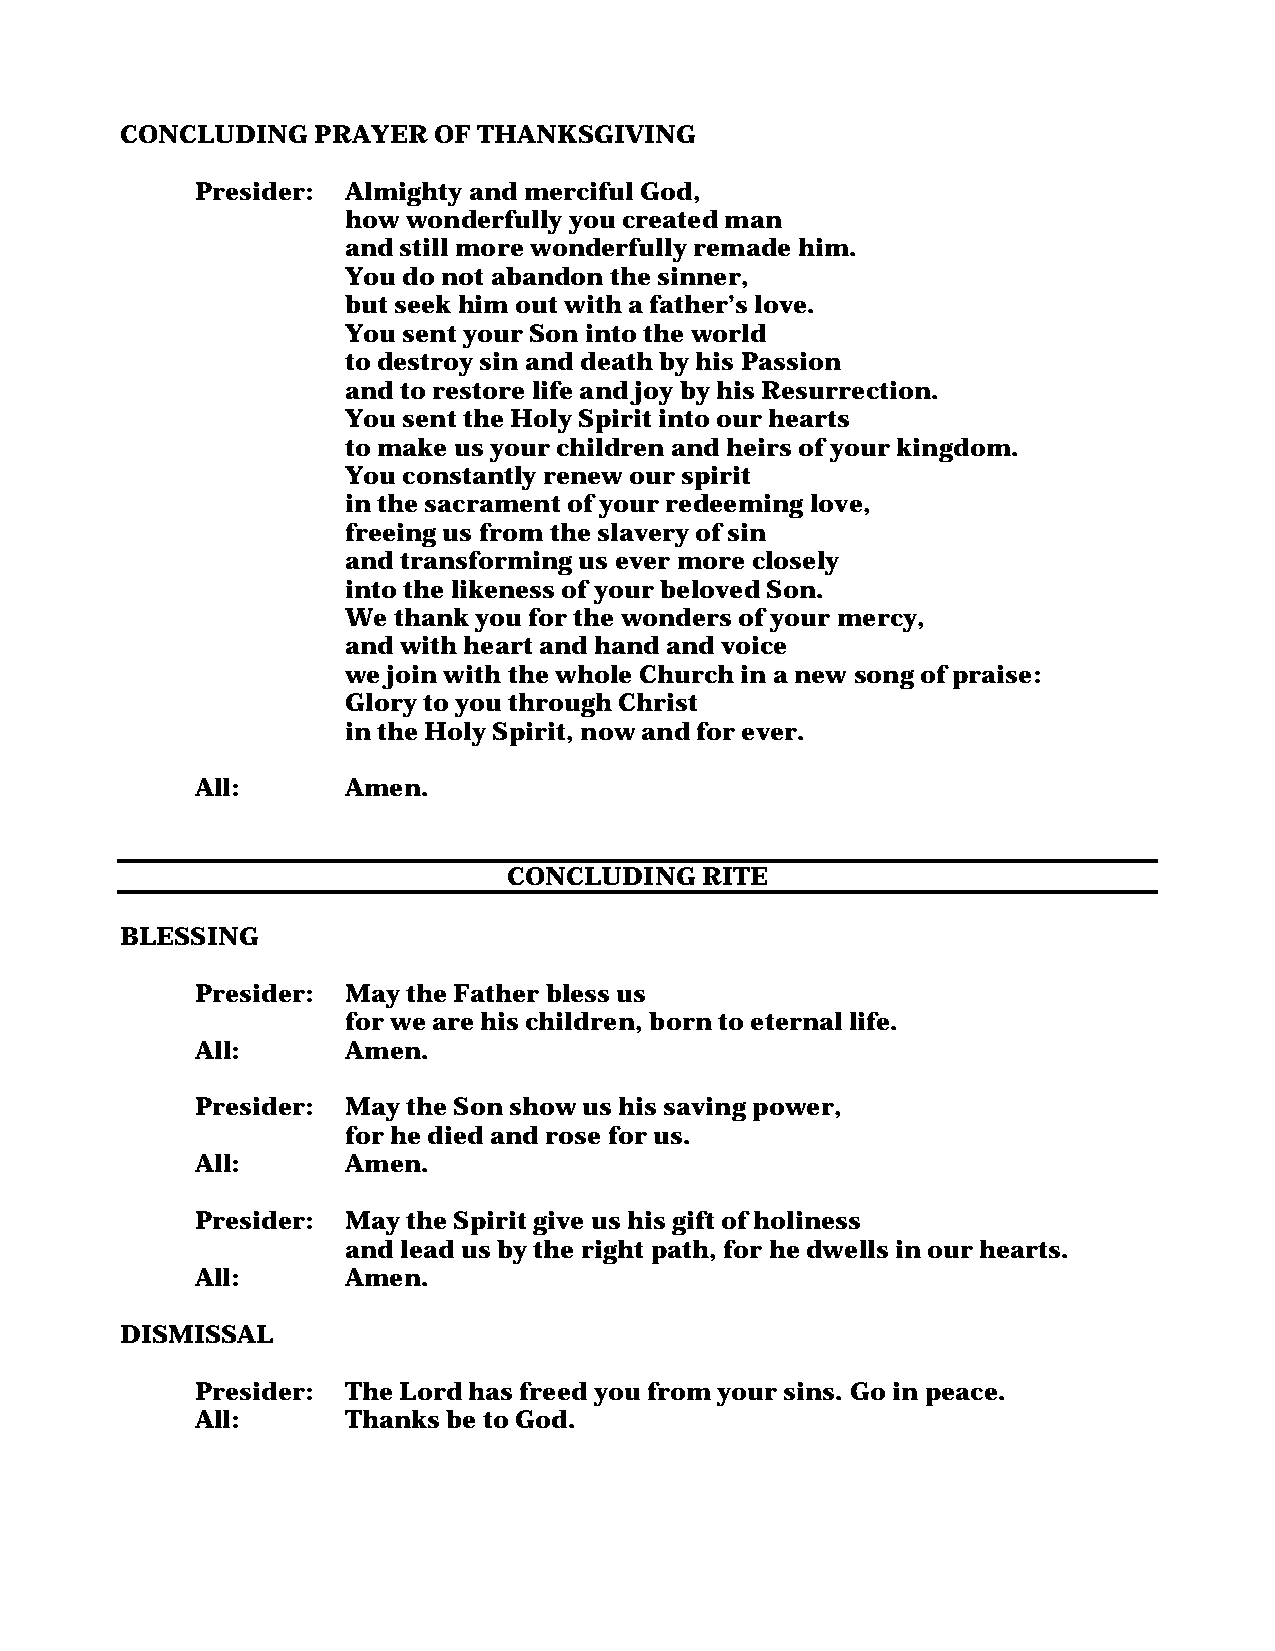
CONCLUDING   PRAYER  OF THANKSGIVING
 Presider: Almighty and merciful God,
 how wonderfully you created man
 and still more wonderfully remade him.
 You do not abandon the sinner,
 but seek him out with a father’s love.
 You sent your Son into the world
 to destroy sin and death by his Passion
 and to restore life and joy by his Resurrection.
 You sent the Holy Spirit into our hearts
 to make us your children and heirs of your kingdom.
 You constantly renew our spirit
 in the sacrament of your redeeming love,
 freeing us from the slavery of sin
 and transforming us ever more closely
 into the likeness of your beloved Son.
 We thank you for the wonders of your mercy,
 and with heart and hand and voice
 we join with the whole Church in a new song of praise:
 Glory to you through Christ
 in the Holy Spirit, now and for ever.
 All:      Amen.
 CONCLUDING  RITE
 BLESSING
 Presider: May the Father bless us
 for we are his children, born to eternal life.
 All:      Amen.
 Presider: May the Son show us his saving power,
 for he died and rose for us.
 All:      Amen.
 Presider: May the Spirit give us his gift of holiness
 and lead us by the right path, for he dwells in our hearts.
 All:      Amen.
 DISMISSAL
 Presider: The Lord has freed you from your sins. Go in peace.
 All:      Thanks be to God.